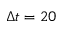
\Delta t = 2 0